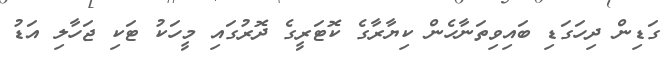
ގަޑިން ދިހަގަޑި ބައިވިތަނާހެން ކިިޔާރާގެ ކޮޓަރީގެ ދޮރުގައި މީހަކު ޓަކި ޖަހާލި އަޑު